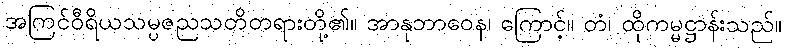
အကြင်ဝီရိယသမ္ပဇညသတိတရားတို့၏။ အာနုဘာဝေန၊ ကြောင့်။ တံ၊ ထိုကမ္မဋ္ဌာန်းသည်။